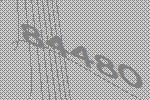
84480